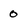
Character: 0